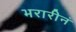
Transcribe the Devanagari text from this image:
भरारीनं